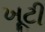
ખૂટી